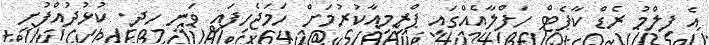
އެ ފިލްމު ރެޑް ކާޕެޓް ހަފްލާއެއްގައި ޕްރިމިއާކުރުމަށް ހަމަޖެހިފައި ވަނީ ހދ. ކުޅުދުއްފުށީ